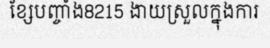
ខ្សែបញ្ចាំង8215 ងាយស្រួលក្នុងការ